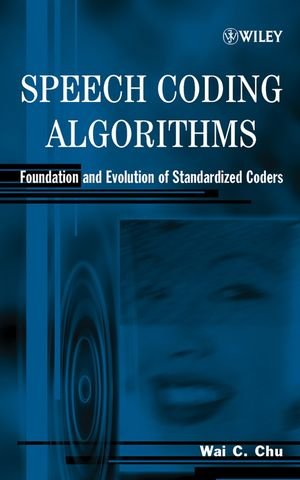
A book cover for Speech Coding Algorithms: Foundation and Evolution of Standardized Coders; Wai C. Chu; Computers & Technology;